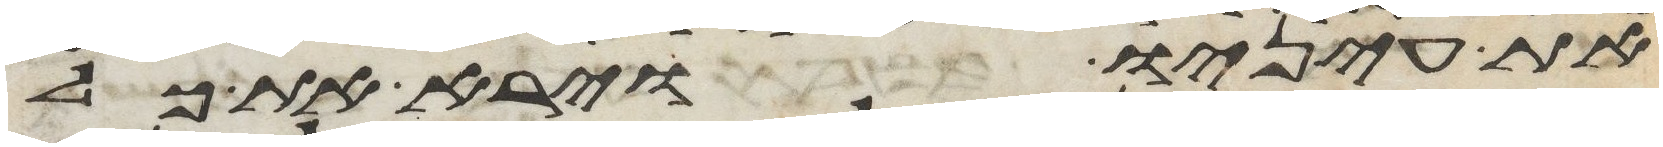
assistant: את עיניו וירא את כל